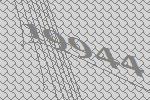
19944